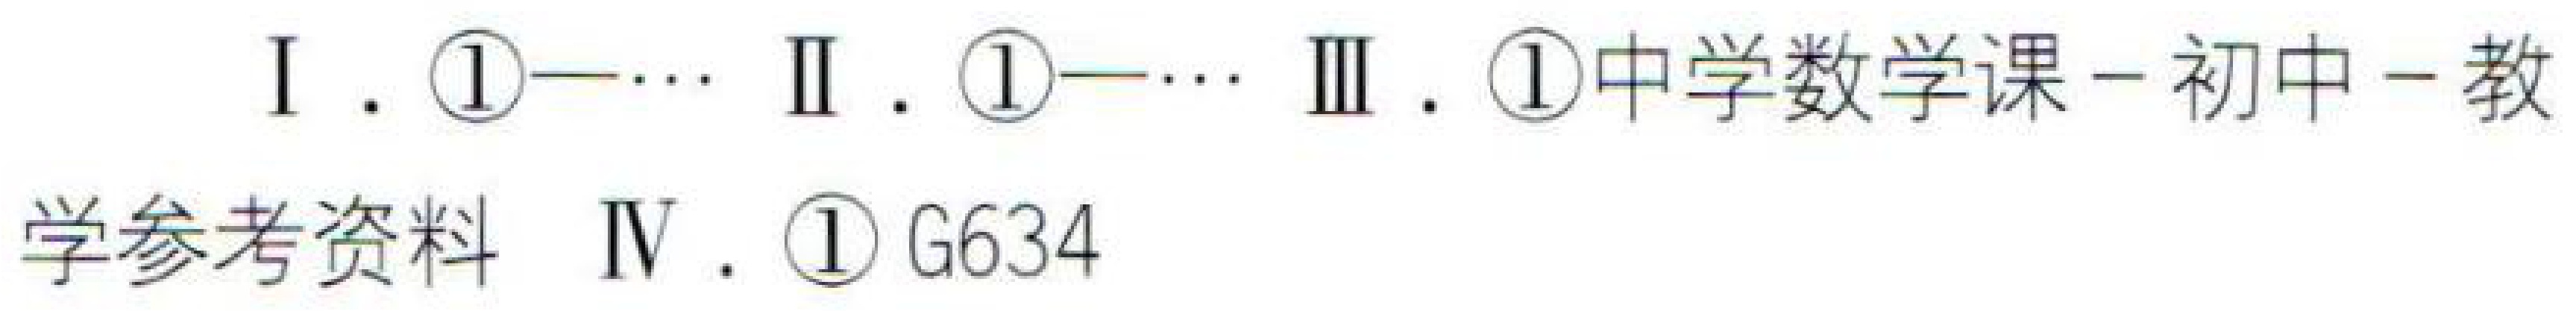
I.  \textcircled{1}—\cdots  II.  \textcircled{1}—\cdots  III.  \textcircled{1}中学数学课—初中—教

学参考资料  IV.  \textcircled{1} G634